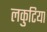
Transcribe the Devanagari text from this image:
लकुटिया